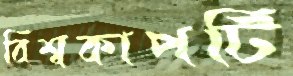
বিশ্বকাপটি